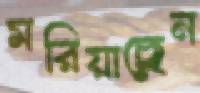
মরিয়াছেন